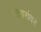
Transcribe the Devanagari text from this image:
खेचरांवर